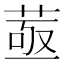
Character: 䓧